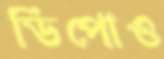
ডিপোও